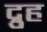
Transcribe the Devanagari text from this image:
द्रुह